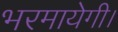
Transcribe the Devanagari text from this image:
भरमायेगी।